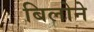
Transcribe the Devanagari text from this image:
बिलोने